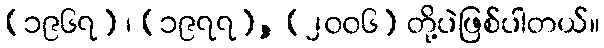
(၁၉၆၇) ၊ (၁၉၇၇), (၂၀၀၆) တို့ပဲဖြစ်ပါတယ်။